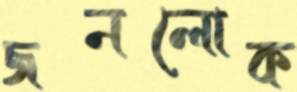
জনলোক